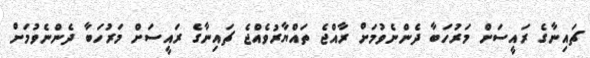
ޗައިނާގެ ރައީސަށް މަރުހަބާ ދެންނެވުމަށް ރާއްޖެ ތައްޔާރުވެއްޖެ ޗައިނާގެ ރައީސަށް މަރުހަބާ ދެންނެވުމަށް